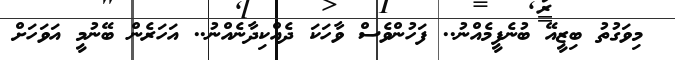
މިވަގުތު ބިޒީއޭ ބުނެފީމެއްނު.. ފަހުންވެސް ވާހަކަ ދެއްކިދާނެއްނު.. އަހަރެން ބޭނުމީ އަވަހަށް